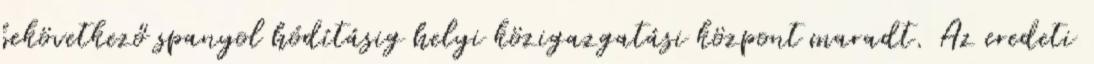
bekövetkező spanyol hódításig helyi közigazgatási központ maradt. Az eredeti